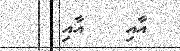
އާއި   އާއި